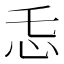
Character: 𱝾